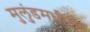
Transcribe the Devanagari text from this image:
मुलुंडमधील